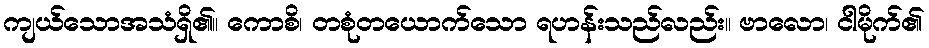
ကျယ်သောအသံရှိ၏။ ကောစိ၊ တစုံတယောက်သော ရဟန်းသည်လည်း။ ဗာလော၊ ငါမိုက်၏